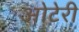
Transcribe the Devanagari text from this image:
ओटेरी